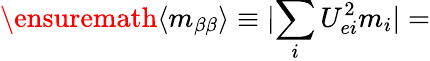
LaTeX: \ensuremath{\langle m_{\beta\beta}\rangle}\equiv\lvert\sum_{i}U_{ei}^{2}m_{i}\rvert=